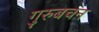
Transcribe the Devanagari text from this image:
गुरुबचन